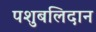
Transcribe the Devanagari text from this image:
पशुबलिदान